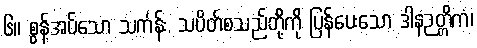
၆။ စွန့်အပ်သော သင်္ကန်း, သပိတ်စသည်တို့ကို ပြန်ပေးသော ဒါနဉတ္တိကံ၊